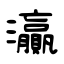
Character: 灜